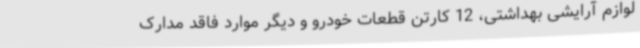
لوازم آرایشی بهداشتی، 12 کارتن قطعات خودرو و دیگر موارد فاقد مدارک